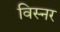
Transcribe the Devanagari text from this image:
विस्नर